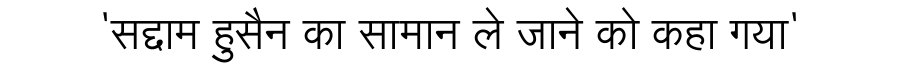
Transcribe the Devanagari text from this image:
'सद्दाम हुसैन का सामान ले जाने को कहा गया'